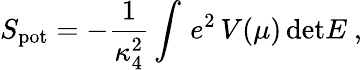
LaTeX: S_{\mathrm{pot}}=-{\frac{1}{\kappa_{4}^{2}}}\int\, e^{2}\, V(\mu)\, \mathrm{det}E~,